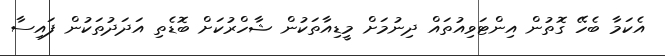
އެކަމާ ބެހޭ ގޮތުން އިންޓަވިއުތައް ދިނުމަށް މީޑިއާތަކުން ޝާހްރުކަށް ބޮޑެތި އަދަދުތަކުން ފައިސާ